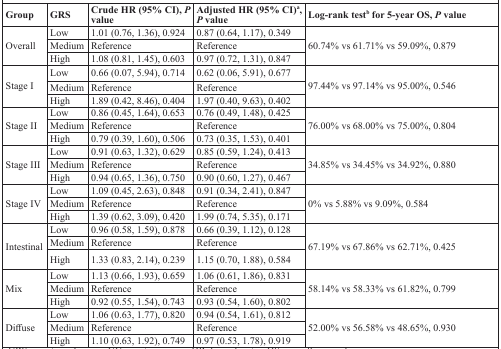
<table><thead><tr><td><b>Group</b></td><td><b>GRS</b></td><td><b>Crude HR (95% CI), <i>P</i> value</b></td><td><b>Adjusted HR (95% CI)<sup>a</sup>, <i>P</i> value</b></td><td><b>Log-rank test<sup>b</sup> for 5-year OS, <i>P</i> value</b></td></tr></thead><tbody><tr><td rowspan="3">Overall</td><td>Low</td><td>1.01 (0.76, 1.36), 0.924</td><td>0.87 (0.64, 1.17), 0.349</td><td rowspan="3">60.74% vs 61.71% vs 59.09%, 0.879</td></tr><tr><td>Medium</td><td>Reference</td><td>Reference</td></tr><tr><td>High</td><td>1.08 (0.81, 1.45), 0.603</td><td>0.97 (0.72, 1.31), 0.847</td></tr><tr><td rowspan="3">Stage I</td><td>Low</td><td>0.66 (0.07, 5.94), 0.714</td><td>0.62 (0.06, 5.91), 0.677</td><td rowspan="3">97.44% vs 97.14% vs 95.00%, 0.546</td></tr><tr><td>Medium</td><td>Reference</td><td>Reference</td></tr><tr><td>High</td><td>1.89 (0.42, 8.46), 0.404</td><td>1.97 (0.40, 9.63), 0.402</td></tr><tr><td rowspan="3">Stage II</td><td>Low</td><td>0.86 (0.45, 1.64), 0.653</td><td>0.76 (0.49, 1.48), 0.425</td><td rowspan="3">76.00% vs 68.00% vs 75.00%, 0.804</td></tr><tr><td>Medium</td><td>Reference</td><td>Reference</td></tr><tr><td>High</td><td>0.79 (0.39, 1.60), 0.506</td><td>0.73 (0.35, 1.53), 0.401</td></tr><tr><td rowspan="3">Stage III</td><td>Low</td><td>0.91 (0.63, 1.32), 0.629</td><td>0.85 (0.59, 1.24), 0.413</td><td rowspan="3">34.85% vs 34.45% vs 34.92%, 0.880</td></tr><tr><td>Medium</td><td>Reference</td><td>Reference</td></tr><tr><td>High</td><td>0.94 (0.65, 1.36), 0.750</td><td>0.90 (0.60, 1.27), 0.467</td></tr><tr><td rowspan="3">Stage IV</td><td>Low</td><td>1.09 (0.45, 2.63), 0.848</td><td>0.91 (0.34, 2.41), 0.847</td><td rowspan="3">0% vs 5.88% vs 9.09%, 0.584</td></tr><tr><td>Medium</td><td>Reference</td><td>Reference</td></tr><tr><td>High</td><td>1.39 (0.62, 3.09), 0.420</td><td>1.99 (0.74, 5.35), 0.171</td></tr><tr><td rowspan="3">Intestinal</td><td>Low</td><td>0.96 (0.58, 1.59), 0.878</td><td>0.66 (0.39, 1.12), 0.128</td><td rowspan="3">67.19% vs 67.86% vs 62.71%, 0.425</td></tr><tr><td>Medium</td><td>Reference</td><td>Reference</td></tr><tr><td>High</td><td>1.33 (0.83, 2.14), 0.239</td><td>1.15 (0.70, 1.88), 0.584</td></tr><tr><td rowspan="3">Mix</td><td>Low</td><td>1.13 (0.66, 1.93), 0.659</td><td>1.06 (0.61, 1.86), 0.831</td><td rowspan="3">58.14% vs 58.33% vs 61.82%, 0.799</td></tr><tr><td>Medium</td><td>Reference</td><td>Reference</td></tr><tr><td>High</td><td>0.92 (0.55, 1.54), 0.743</td><td>0.93 (0.54, 1.60), 0.802</td></tr><tr><td rowspan="3">Diffuse</td><td>Low</td><td>1.06 (0.63, 1.77), 0.820</td><td>0.94 (0.54, 1.61), 0.812</td><td rowspan="3">52.00% vs 56.58% vs 48.65%, 0.930</td></tr><tr><td>Medium</td><td>Reference</td><td>Reference</td></tr><tr><td>High</td><td>1.10 (0.63, 1.92), 0.749</td><td>0.97 (0.53, 1.78), 0.919</td></tr></tbody></table>